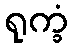
ရုက္ခံ